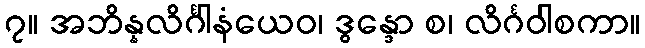
၇။ အဘိန္နလိင်္ဂါနံယေဝ၊ ဒွန္ဒော စ၊ လိင်္ဂဝါစကာ။